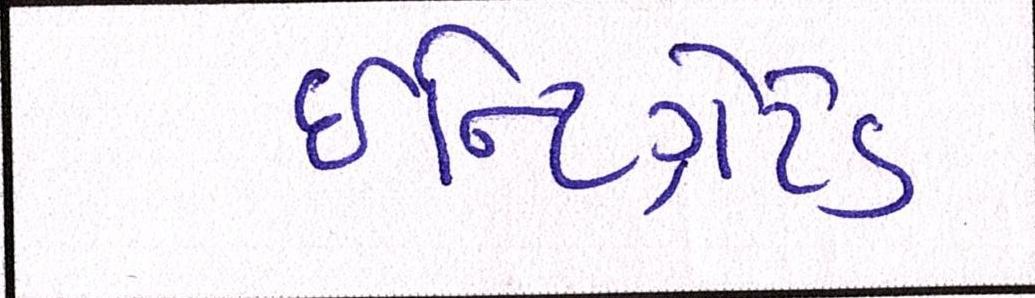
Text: ઇન્ટિગ્રેટેડ